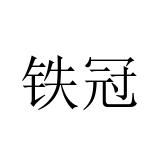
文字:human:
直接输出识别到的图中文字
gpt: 铁冠